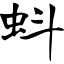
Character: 蚪